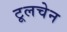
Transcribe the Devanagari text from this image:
टूलचेन